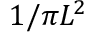
1 / \pi L ^ { 2 }